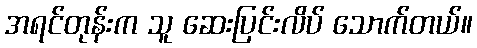
အရင်တုန်းက သူ ဆေးပြင်းလိပ် သောက်တယ်။